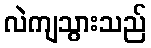
လဲကျသွားသည်